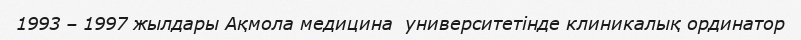
1993 – 1997 жылдары Ақмола медицина  университетінде клиникалық ординатор